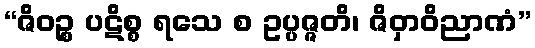
“ဇိဝဉ္စ ပဋိစ္စ ရသေ စ ဥပ္ပဇ္ဇတိ၊ ဇိဝှာဝိညာဏံ”